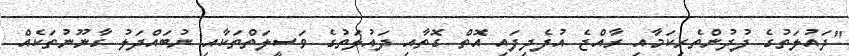
"ދައުލަތުގެ ފުދުންތެރިކަމާއި ރާއްޖެ އުފެދިފައި އޮތް ގޮތާއި ދައުލަތުގެ ވަސީލަތްތަކާއި ނުބައްދަލު ގާނޫނުތަކެއް